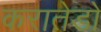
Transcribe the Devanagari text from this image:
करातेडो